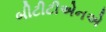
બીટીટીએનએ